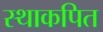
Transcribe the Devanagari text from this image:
स्थाकपित